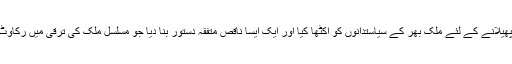
بھٹو نے شر پھیلانے کے لئے ملک بھر کے سیاستدانوں کو اکٹھا کیا اور ایک ایسا ناقص متفقہ دستور بنا دیا جو مسلسل ملک کی ترقی میں رکاوٹ بنتا رہا ہے۔